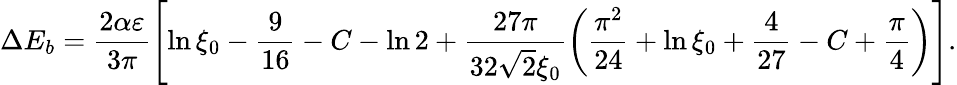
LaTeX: \Delta E_{b}=\frac{2\alpha\varepsilon}{3\pi}\left[\ln\xi_{0}-\frac{9}{16}-C-\ln 2+\frac{27\pi}{32\sqrt{2}\xi_{0}}\left(\frac{\pi^{2}}{24}+\ln\xi_{0}+\frac{4}{27}-C+\frac{\pi}{4}\right)\right].